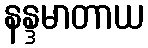
နန္ဒမာတာယ